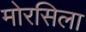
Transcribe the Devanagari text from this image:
मोरसिला